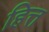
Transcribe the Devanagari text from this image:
हित्त